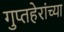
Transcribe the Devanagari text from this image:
गुप्तहेरांच्या